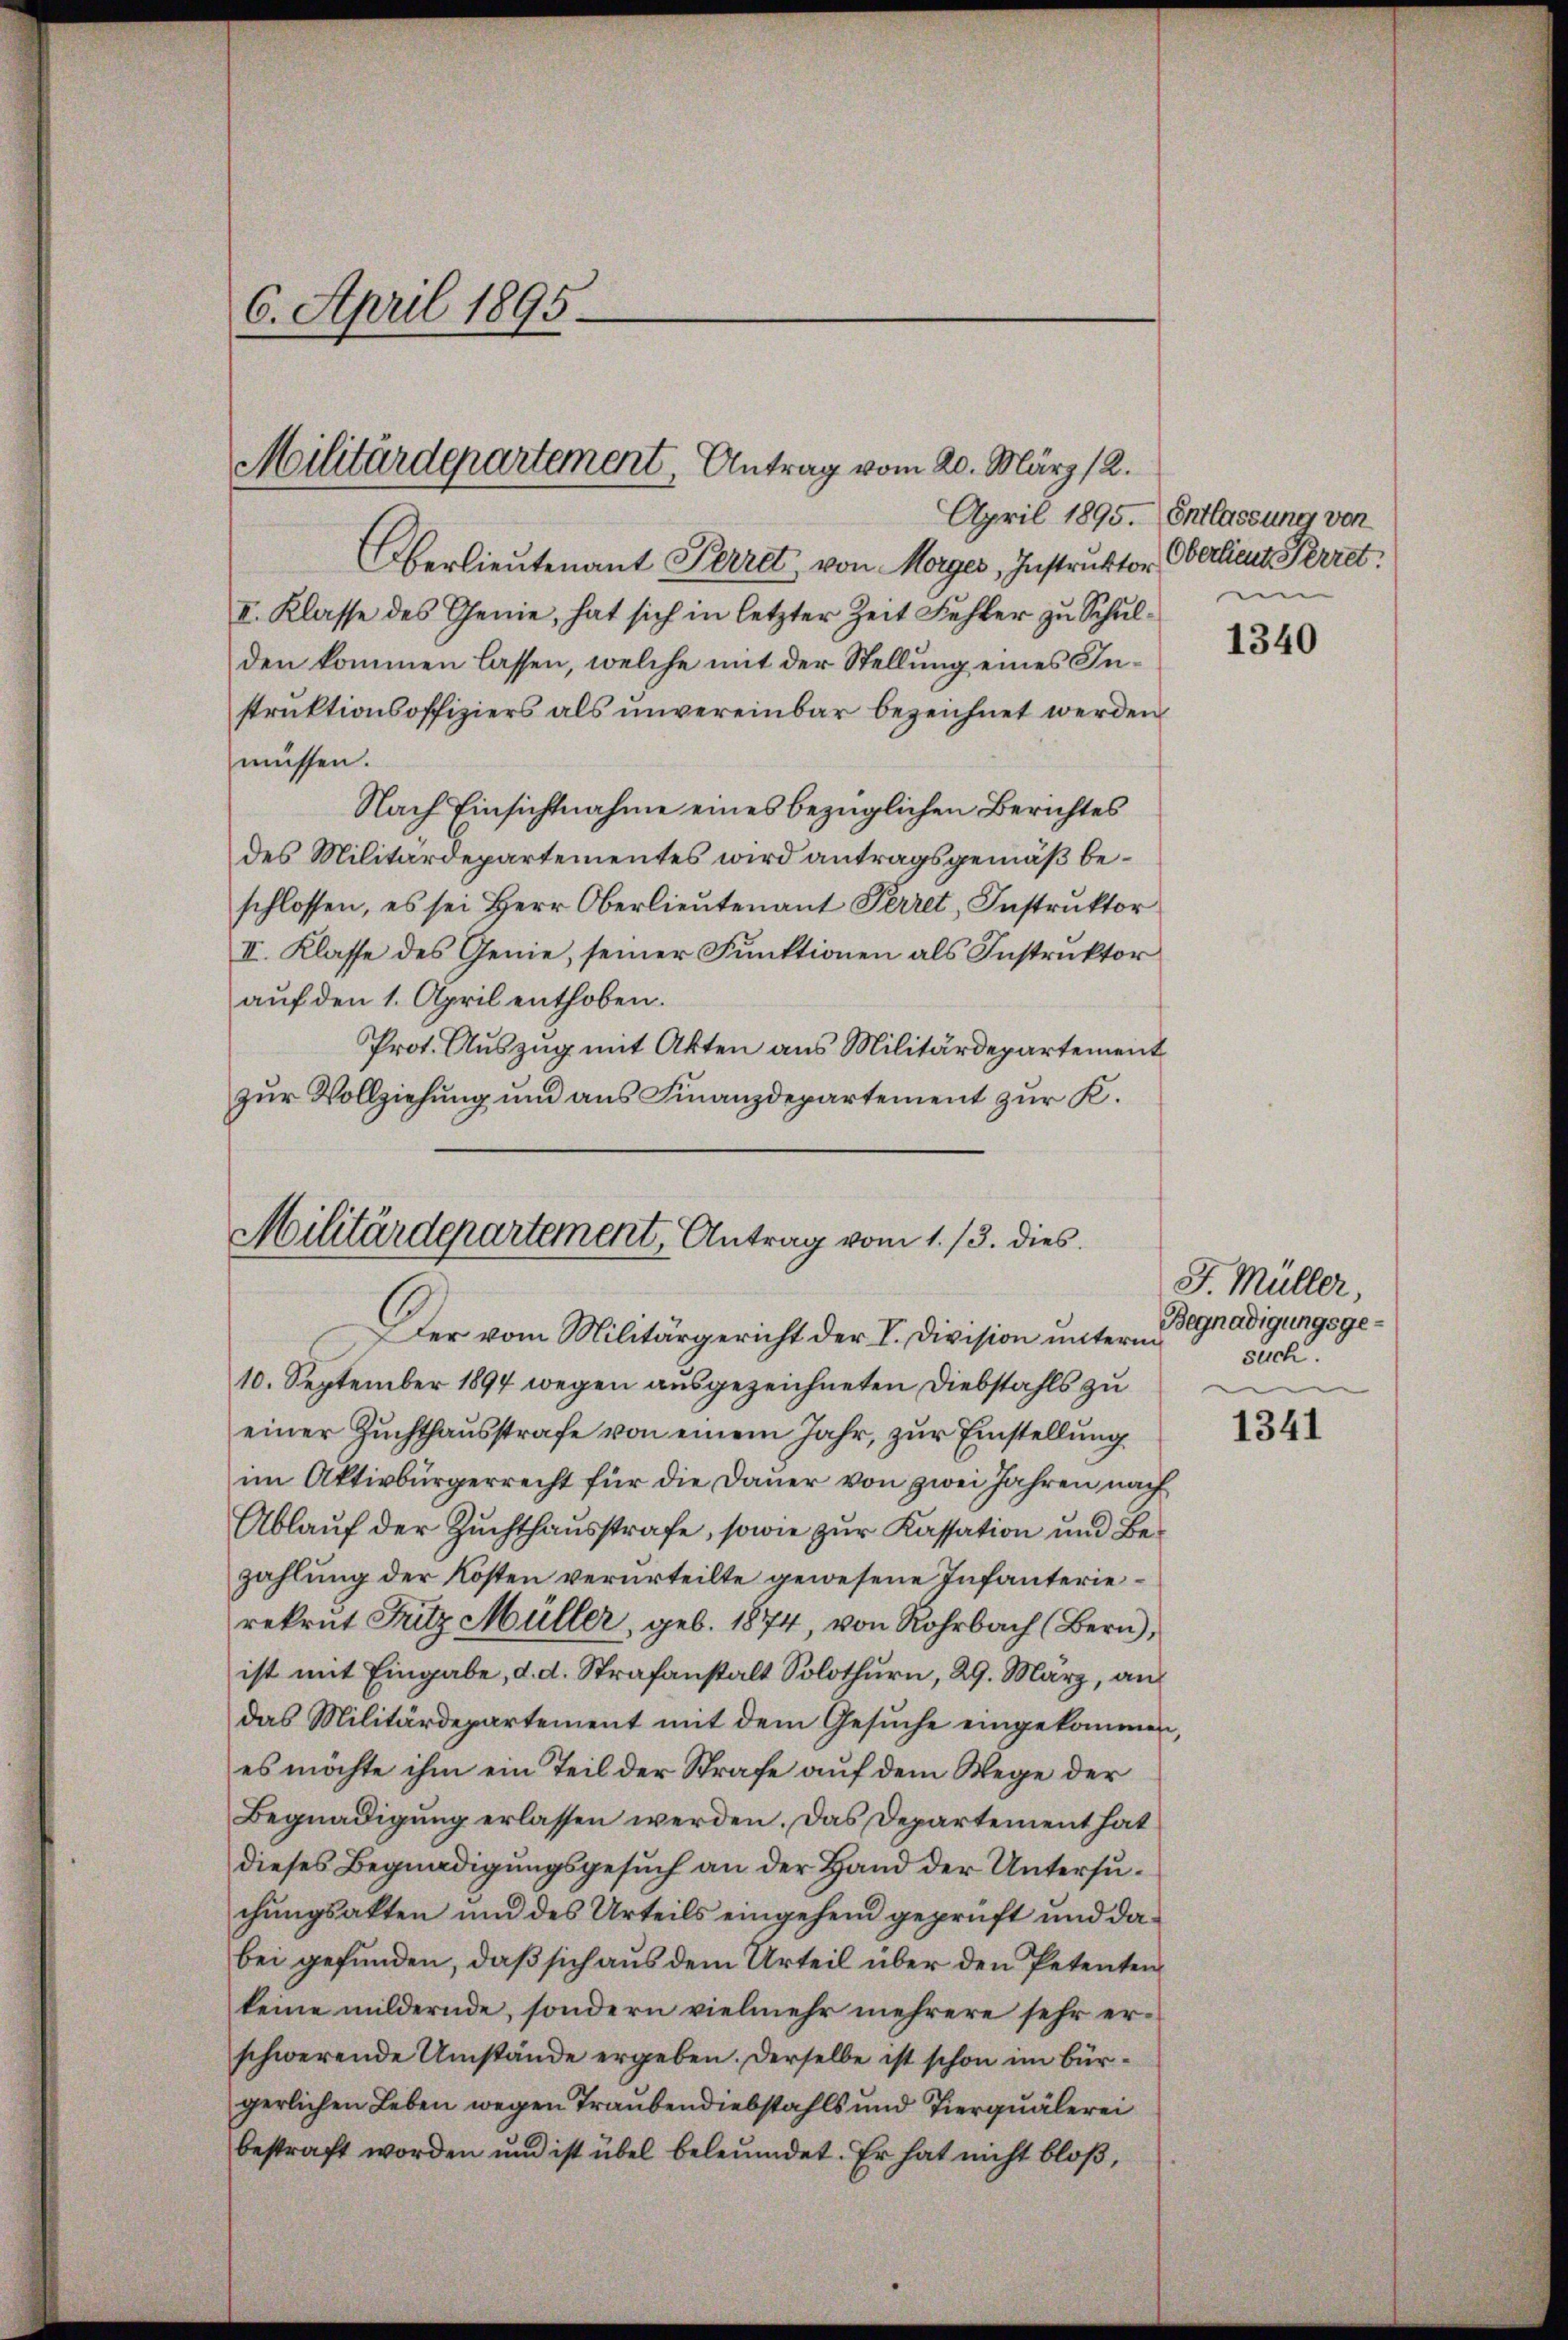
Oberlieutenant Perret, von Morger, Instruktor
II. Klasse des Genie, hat sich in letzter Zeit Fehler zu Schulden kommen lassen, welche mit der Stellung eines Instruktionsoffiziers als unvereinbar bezeichnet werden
müssen.
Nach Einsichtnahme eines bezüglichen Berichtes
des Militärdepartementes wird antragsgemäß beschlossen, es sei Herr Oberlieŭtenant Perret, Instrŭktor
II. Klasse des Genie, seiner Funktionen als Instruktor
auf den 1. April enthoben.
Prot. Auszug mit Akten aus Militärdepartement
zur Vollziehung und aus Finanzdepartement zur K.

6. April 1895.

Militärdepartement, Antrag vom 20. März 12.

Militärdepartement, Antrag vom 1. 13. dies
Der vom Militärgericht der V. Division unterm

10. September 1894 wegen ausgezeichneten Diebstahls zu
einer Zuchthausstrafe von einem Jahr, zur Einstellung
im Aktivbürgerrecht für die Dauer von zwei Jahren nach
Ablaŭf der Zŭchthaŭsstrafe, sowie zŭr Kassation und Be-
zahlung der Kosten verurteilte gewesene Infanterierekrut Fritz Müller, geb. 1874, von Rohrbach (Bern,
ist mit Eingabe, d. d. Strafanstalt Solothurn, 29. März, an
das Militärdepartement mit dem Gesŭche eingekommen,
es möchte ihm ein Teil der Strafe auf dem Wege der
Begnadigung erlassen werden. Das Departement hat
dieses Begnadigungsgesuch an der Hand der Untersuchungsakten und des Urteils eingehend geprüft und dabei gefunden, daß sich aus dem Urteil über den Petenten
keine mildernde, sondern vielmehr mehrere sehr erschwerende Umstände ergeben. Derselbe ist schon im bürgerlichen Leben wegen Traubendiebstahls und Tierquälerei
bestraft worden und ist übel beleumdet. Er hat nicht bloß,

April 1895. Entlassung von
Oberlieut. Perret.
un

1340

J Müller,
Begnadigungsgesuch.

1341